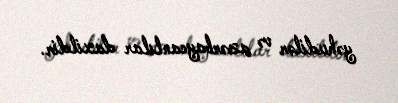
yəhudilər və azərbaycanlılar daxildir.